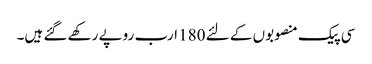
سی پیک منصوبوں کے لئے 180 ارب روپے رکھے گئے ہیں۔